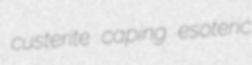
custerite caping esoteric